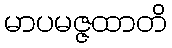
မာပမဇ္ဇထာတိ